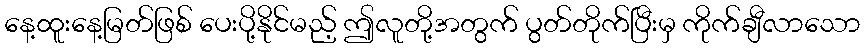
နေ့ထူးနေ့မြတ်ဖြစ် ပေးပို့နိုင်မည့် ဤလူတို့အတွက် ပွတ်တိုက်ပြီးမှ ကိုက်ချီလာသော